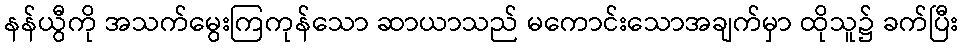
နန်ယွီကို အသက်မွေးကြကုန်သော ဆာယာသည် မကောင်းသောအချက်မှာ ထိုသူ၌ ခက်ပြီး